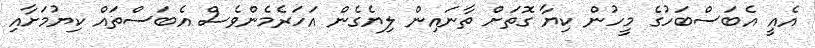
އެއީ އެބަސްބަހުގެ މީހުން ކިޔާ ގޮތަށް ތާނައިން ލިޔެގެން އަހަރެމެންވެސް އެބަސްތައް ކިޔުމަށާއި